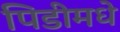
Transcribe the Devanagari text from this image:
पिडीमधे